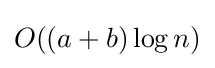
O((a+b)\log n)